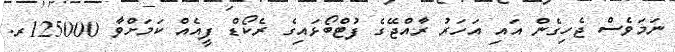
ނަމަވެސް ޖެހިގެން އައި އަހަރު ރާއްޖޭގެ ފުޓްބޯޅައިގެ ރެކޯޑް ފީއެއް ކަމަށްވާ 125000ރ.